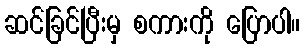
ဆင်ခြင်ပြီးမှ စကားကို ပြောပါ။